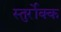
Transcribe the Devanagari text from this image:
स्तुर्रोक्क